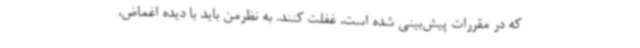
که در مقررات پیش‌بینی شده است، غفلت کنند. به نظرمن باید با دیده اغماض،